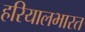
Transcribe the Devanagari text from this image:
हरियालभारत